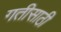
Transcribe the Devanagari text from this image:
गतीसाठी